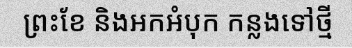
ព្រះខែ និងអកអំបុក កន្លងទៅថ្មី